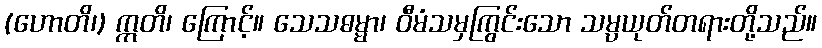
(ဟောတိ၊) ဣတိ၊ ကြောင့်။ သေသဓမ္မာ၊ ဝီမံသမှကြွင်းသော သမ္ပယုတ်တရားတို့သည်။